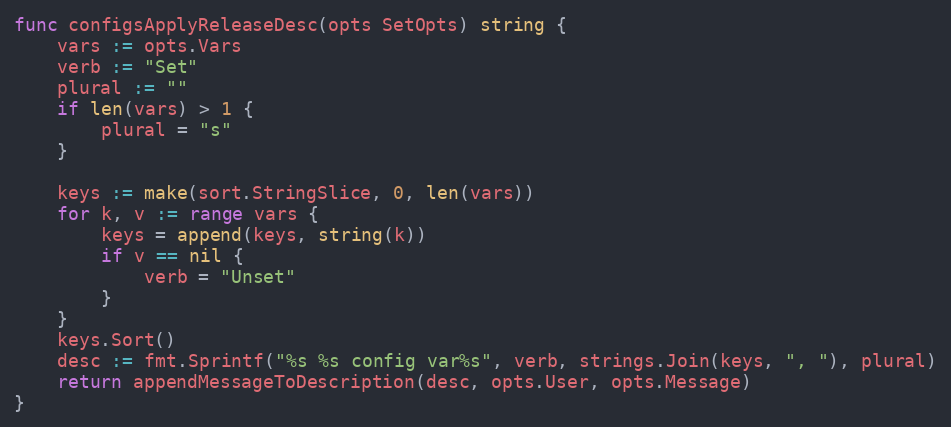
Language: Go
func configsApplyReleaseDesc(opts SetOpts) string {
	vars := opts.Vars
	verb := "Set"
	plural := ""
	if len(vars) > 1 {
		plural = "s"
	}

	keys := make(sort.StringSlice, 0, len(vars))
	for k, v := range vars {
		keys = append(keys, string(k))
		if v == nil {
			verb = "Unset"
		}
	}
	keys.Sort()
	desc := fmt.Sprintf("%s %s config var%s", verb, strings.Join(keys, ", "), plural)
	return appendMessageToDescription(desc, opts.User, opts.Message)
}